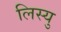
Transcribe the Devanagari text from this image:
लिस्यु